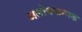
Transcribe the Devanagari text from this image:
अलोचनात्मक